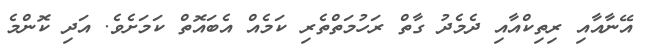
އޭނާއާއި ރިތިކްއާއި ދެމެދު ގާތް ރަހުމަތްތެރި ކަމެއް އެބައޮތް ކަމަށެވެ. އަދި ކޮންމެ